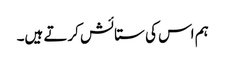
ہم اس کی ستائش کرتے ہیں۔